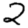
Digit: 2